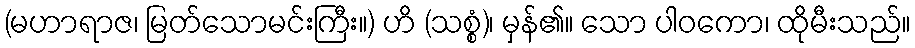
(မဟာရာဇ၊ မြတ်သောမင်းကြီး။) ဟိ (သစ္စံ)၊ မှန်၏။ သော ပါဝကော၊ ထိုမီးသည်။